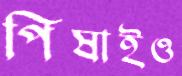
পিষাইও